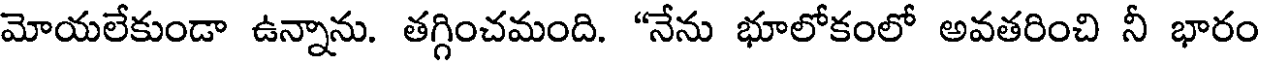
మోయలేకుండా ఉన్నాను. తగ్గించమంది. "నేను భూలోకంలో అవతరించి నీ భారం